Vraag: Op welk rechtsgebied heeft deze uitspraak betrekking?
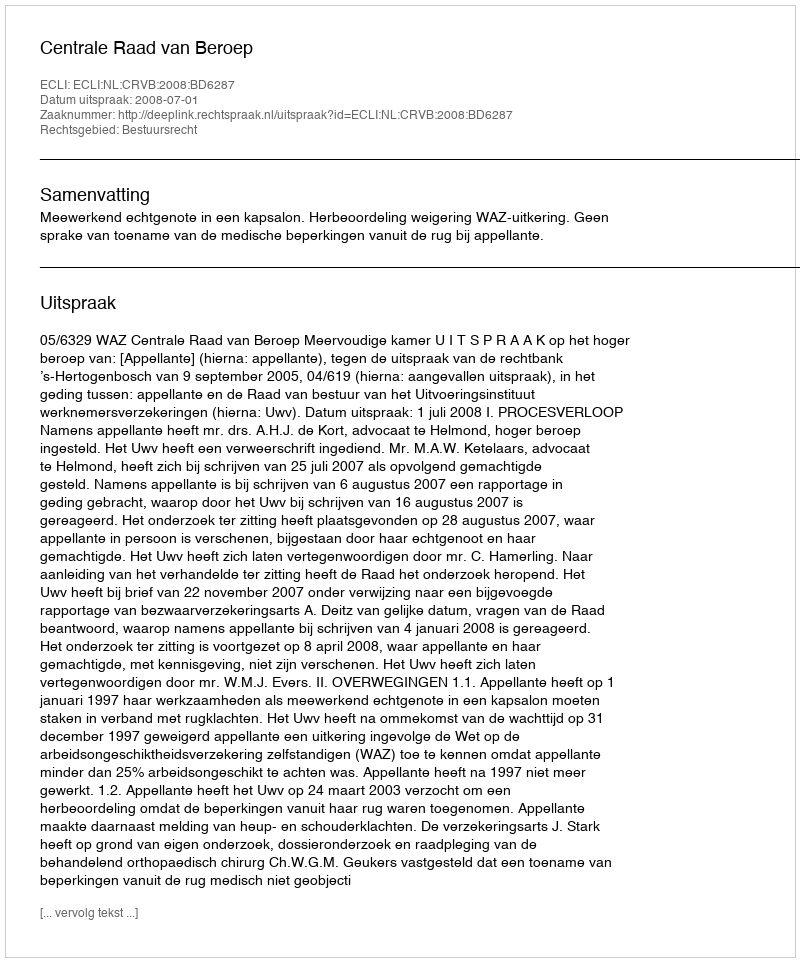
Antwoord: Bestuursrecht